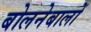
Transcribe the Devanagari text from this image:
बोलनेबालों